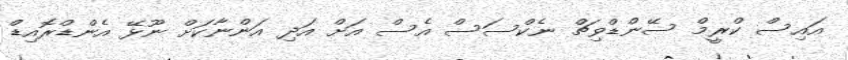
އައިސް ކްރީމް ސޭންޑްވިޗް ނެކްސަސް އެސް އަށް އަދި އަންނާކަށް ނޫޅޭ އެންޑްރޮއިޑް